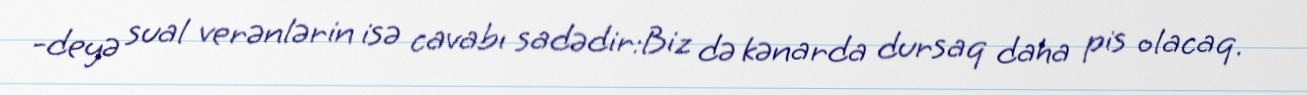
-deyə sual verənlərin isə cavabı sadədir:Biz də kənarda dursaq daha pis olacaq.